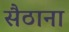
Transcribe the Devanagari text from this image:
सैठाना